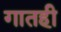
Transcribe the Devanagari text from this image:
गातही